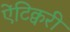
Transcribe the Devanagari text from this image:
ऐंटिक्वरी